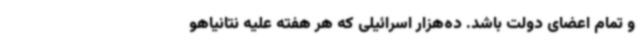
و تمام اعضای دولت باشد. ده‌هزار اسرائیلی که هر هفته علیه نتانیاهو